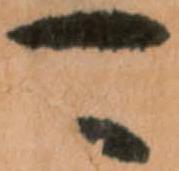
可